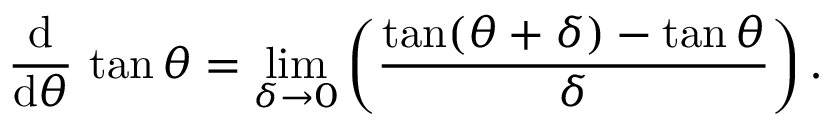
{ \frac { \operatorname { d } } { \operatorname { d } \! \theta } } \, \tan \theta = \operatorname* { l i m } _ { \delta \to 0 } \left( { \frac { \tan ( \theta + \delta ) - \tan \theta } { \delta } } \right) .